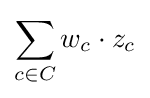
\sum _{c\in C}w_{c}\cdot z_{c}